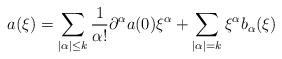
LaTeX: \begin{align*}a(\xi)=\sum_{|\alpha|\leq k}\frac{1}{\alpha!}\partial^{\alpha}a(0)\xi^{\alpha}+\sum_{|\alpha|=k}\xi^{\alpha}b_{\alpha}(\xi)\end{align*}